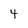
Character: 4